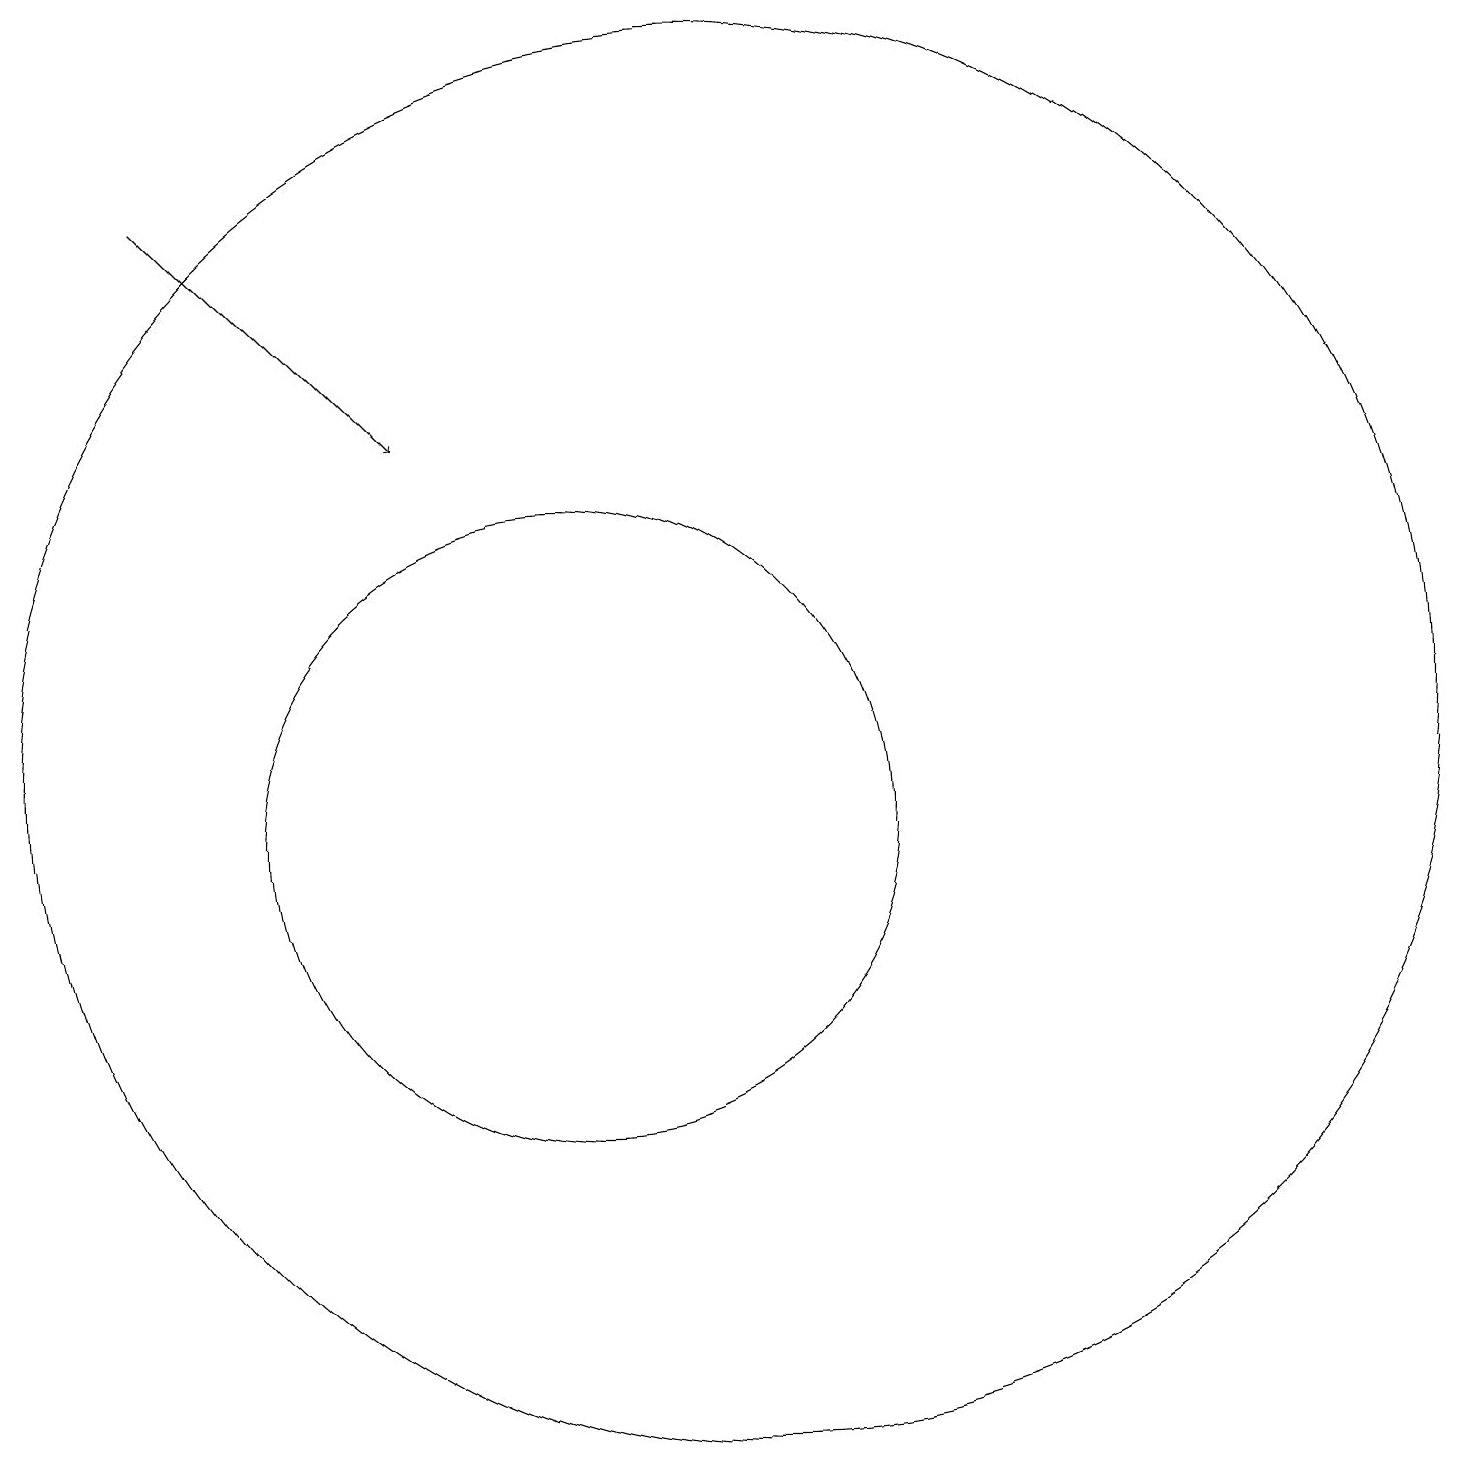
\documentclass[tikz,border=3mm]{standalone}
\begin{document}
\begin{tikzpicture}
\draw (10,10) circle (4);
\draw (12,11) circle (9);
\draw[->] (5,18) -- (8,15);
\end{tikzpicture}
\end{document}